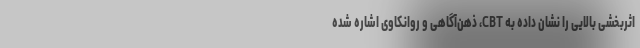
اثربخشی بالایی را نشان داده به CBT، ذهن‌آگاهی و روانکاوی اشاره شده